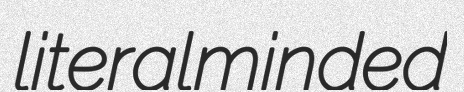
literalminded